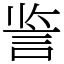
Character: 䛓